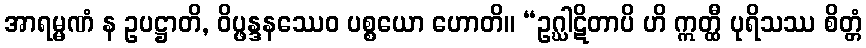
အာရမ္မဏံ န ဥပဋ္ဌာတိ, ဝိပ္ဖန္ဒနဿေဝ ပစ္စယော ဟောတိ။ “ဥဂ္ဃါဋိတာပိ ဟိ ဣတ္ထီ ပုရိသဿ စိတ္တံ